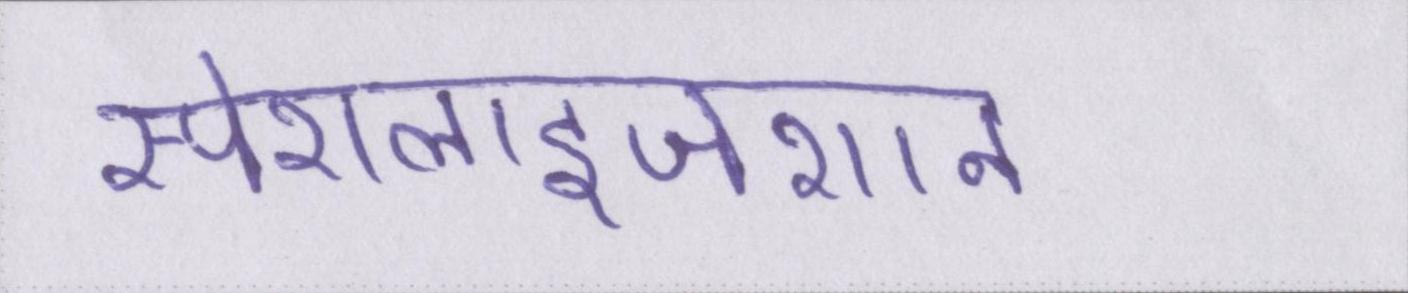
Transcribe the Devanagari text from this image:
स्पेशलाइजेशन